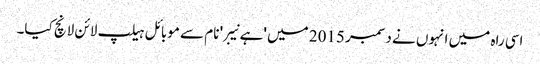
اسی راہ میں انہوں نے دسمبر 2015 میں 'ہے نیبر' نام سے موبائل ہیلپ لائن لانچ کیا۔